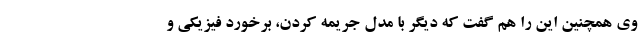
وی همچنین این را هم گفت که دیگر با مدل جریمه کردن، برخورد فیزیکی و